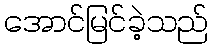
အောင်မြင်ခဲ့သည်